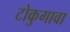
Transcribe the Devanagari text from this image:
टोकुगावा